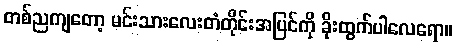
တစ်ညကျတော့ မင်းသားလေးတံတိုင်းအပြင်ကို ခိုးထွက်ပါလေရော။